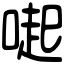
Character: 𠺬